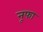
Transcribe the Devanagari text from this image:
नूफा